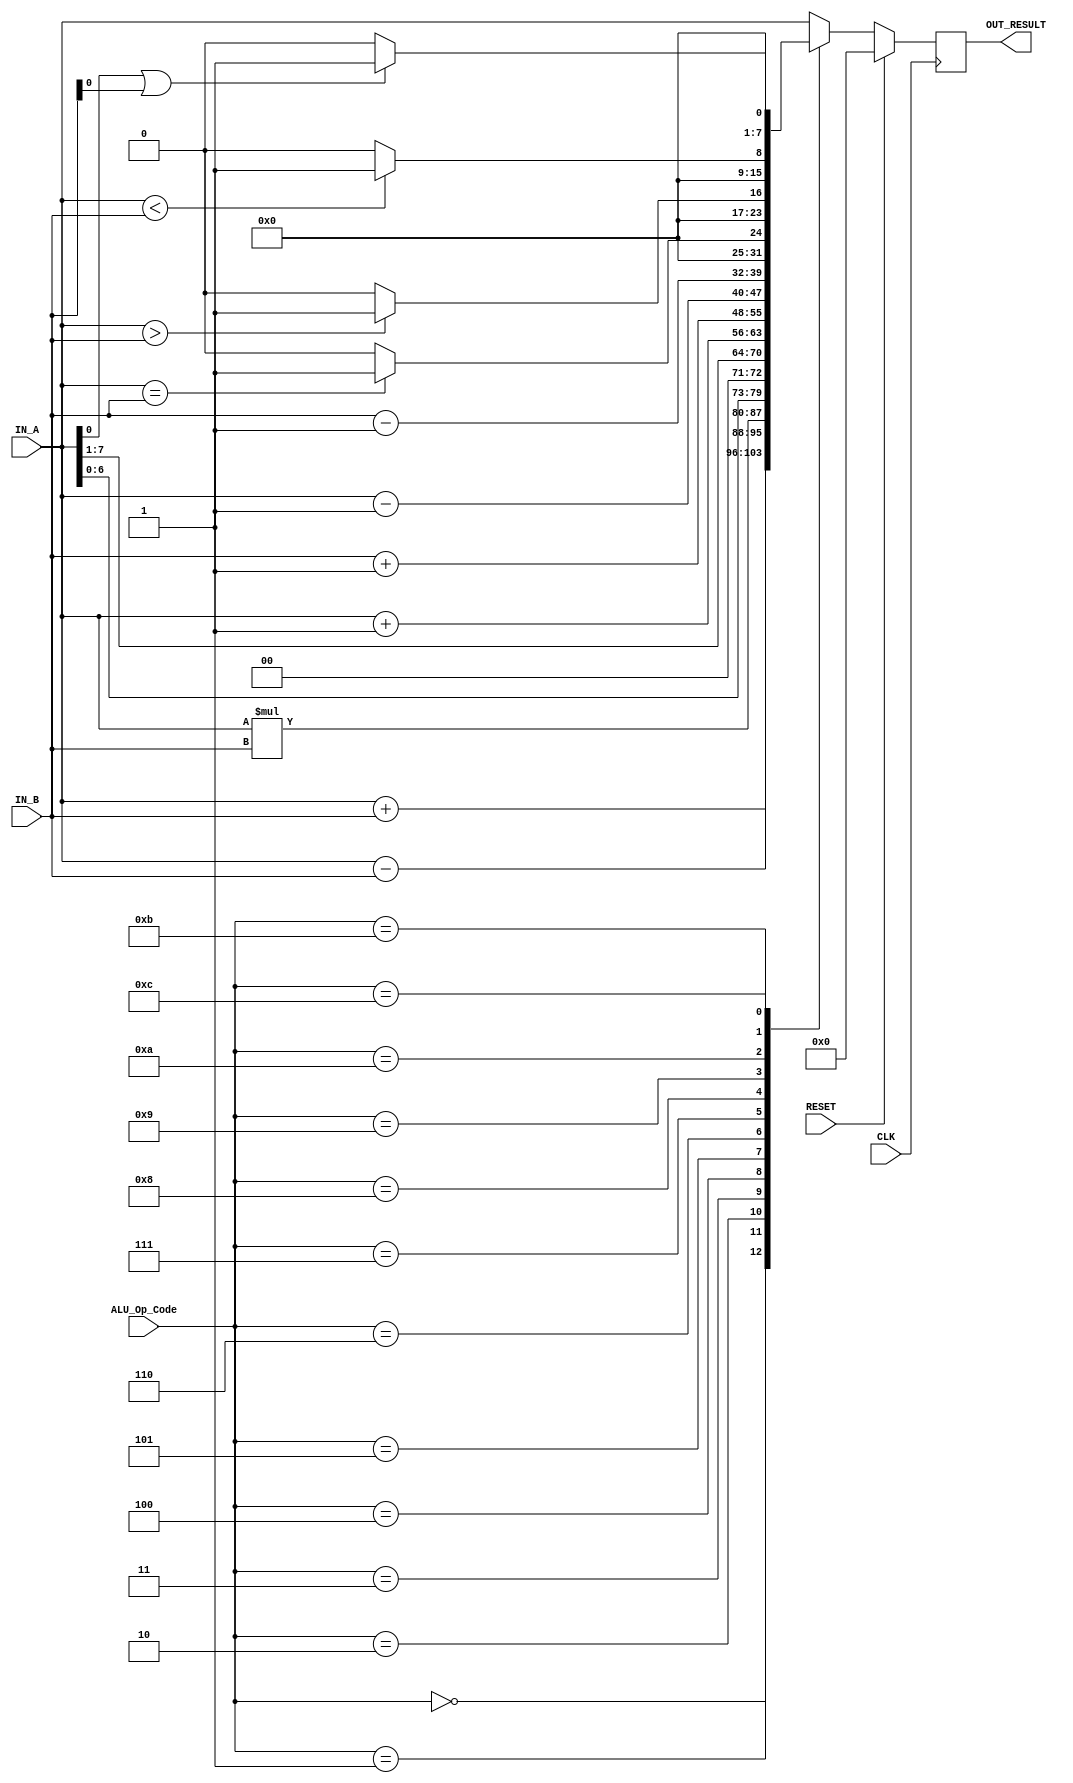
`timescale 1ns / 1ps
//////////////////////////////////////////////////////////////////////////////////
// Company: 
// Engineer: 
// 
// Design Name: 
// Module Name: ALU
// Project Name: 
// Target Devices: 
// Tool Versions: 
// Description: 
// 
// Dependencies: 
// 
// Revision:
// Revision 0.01 - File Created
// Additional Comments:
// 
//////////////////////////////////////////////////////////////////////////////////


module ALU(
    //standard signals
    input CLK,
    input RESET,
    //I/O
    input [7:0] IN_A,
    input [7:0] IN_B,
    input [3:0] ALU_Op_Code,
    output [7:0] OUT_RESULT
    );
    
    reg [7:0] Out;
    //Arithmetic Computation
    always@(posedge CLK) begin
        if(RESET)
            Out <= 0;
        else begin
            case (ALU_Op_Code)
                //Maths Operations
                //Add A + B
                4'h0: Out <= IN_A + IN_B;
                //Subtract A - B
                4'h1: Out <= IN_A - IN_B;
                //Multiply A * B
                4'h2: Out <= IN_A * IN_B;
                //Shift Left A << 1
                4'h3: Out <= IN_A << 1;
                //Shift Right A >> 1
                4'h4: Out <= IN_A >> 1;
                //Increment A+1
                4'h5: Out <= IN_A + 1'b1;
                //Increment B+1
                4'h6: Out <= IN_B + 1'b1;
                //Decrement A-1
                4'h7: Out <= IN_A - 1'b1;
                //Decrement B+1
                4'h8: Out <= IN_B - 1'b1;
                // In/Equality Operations
                //A == B
                4'h9: Out <= (IN_A == IN_B) ? 8'h01 : 8'h00;
                //A > B
                4'hA: Out <= (IN_A > IN_B) ? 8'h01 : 8'h00;
                //A < B
                4'hB: Out <= (IN_A < IN_B) ? 8'h01 : 8'h00;
                // A || B
                4'hC: Out <= (IN_A[0] | IN_B[0]) ? 8'h01 : 8'h00;
                //Default A
                default: Out <= IN_A;
            endcase
        end
    end
    
    assign OUT_RESULT = Out;
    
endmodule